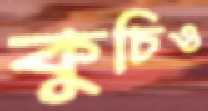
কুচিও